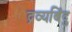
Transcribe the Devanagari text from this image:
द्रव्यबिंदु